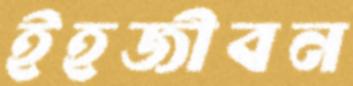
ইহজীবন